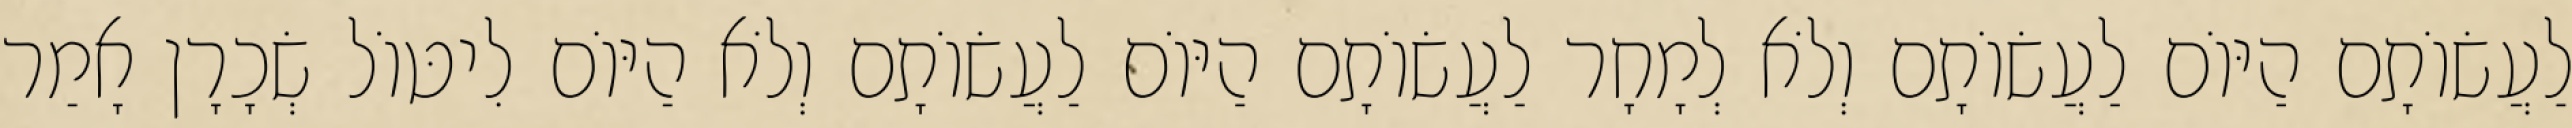
לַעֲשׂוֹתָם הַיּוֹם לַעֲשׂוֹתָם וְלֹא לְמָחָר לַעֲשׂוֹתָם הַיּוֹם לַעֲשׂוֹתָם וְלֹא הַיּוֹם לִיטּוֹל שְׂכָרָן אָמַר